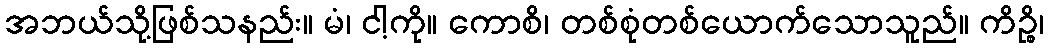
အဘယ်သို့ဖြစ်သနည်း။ မံ၊ ငါ့ကို။ ကောစိ၊ တစ်စုံတစ်ယောက်သောသူည်။ ကိဉ္စိ၊